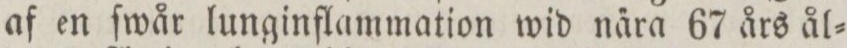
af en ſwår lunginflammation wid na̋ra 67 års ål=